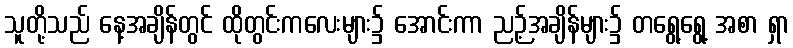
သူတို့သည် နေ့အချိန်တွင် ထိုတွင်းကလေးများ၌ အောင်းကာ ညဉ့်အချိန်များ၌ တရွေ့ရွေ့ အစာ ရှာ